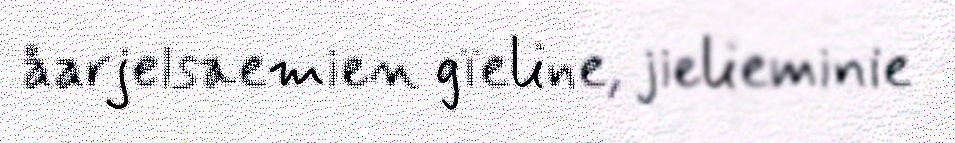
åarjelsaemien gïeline, jielieminie